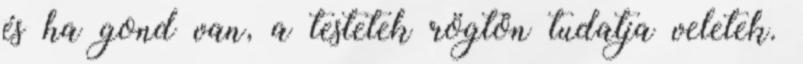
és ha gond van, a testetek rögtön tudatja veletek.